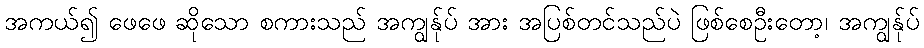
အကယ်၍ ဖေဖေ ဆိုသော စကားသည် အကျွန်ုပ် အား အပြစ်တင်သည်ပဲ ဖြစ်စေဦးတော့၊ အကျွန်ုပ်